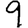
Digit: 9